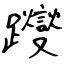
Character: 躞